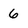
Character: 6